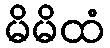
မိမိထံ